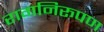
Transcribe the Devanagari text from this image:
रागनिरूपण